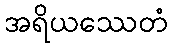
အရိယဿေတံ